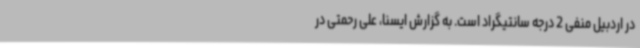
در اردبیل منفی 2 درجه سانتیگراد است. به گزارش ایسنا، علی رحمتی در